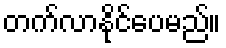
တက်လာနိုင်ပေမည်။